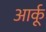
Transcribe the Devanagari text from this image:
आर्कू